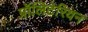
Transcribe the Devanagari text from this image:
प्रॉलिटेरियन